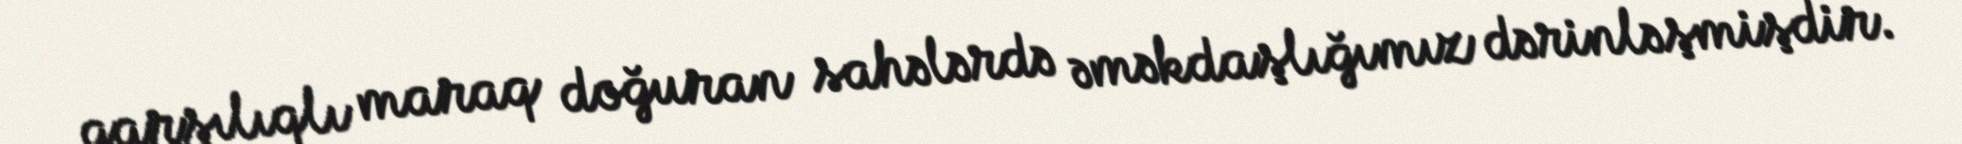
qarşılıqlı maraq doğuran sahələrdə əməkdaşlığımız dərinləşmişdir.